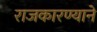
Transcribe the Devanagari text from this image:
राजकारण्याने